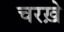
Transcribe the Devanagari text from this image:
चरख़े